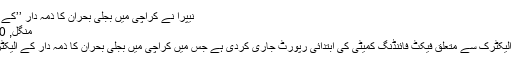
نیپرا نے کراچی میں بجلی بحران کا ذمہ دار ’’کے الیکٹرک‘‘ کو قرار دیدیا
منگل, 30 جون 2015 13:56
اسلام آباد: نیپرا نے کے الیکٹرک سے متعلق فیکٹ فائنڈنگ کمیٹی کی ابتدائی رپورٹ جاری کردی ہے جس میں کراچی میں بجلی بحران کا ذمہ دار کے الیکٹرک کو قرار دیا گیا ہے۔